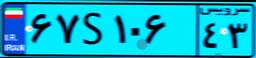
۷۳S۳۷۴۱۴